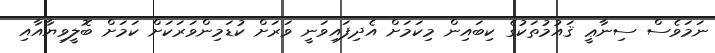
ނަމަވެސް ސިނާޢީ ޤައުމުތަކުގެ ކިބައިން މިކަމަށް އެދިފައިވަނީ ވަރަށް ކުޑަމިންވަރަކަށް ކަމަށް ބޮލީވިޔާއާއި